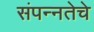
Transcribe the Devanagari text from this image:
संपन्‍नतेचे